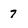
Character: 7